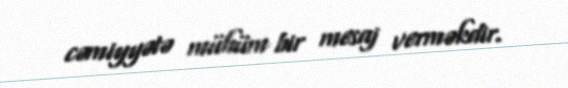
cəmiyyətə mühüm bir mesaj verməkdir.